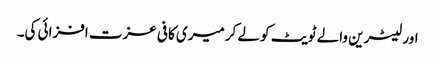
اور لیٹرین والے ٹویٹ کو لے کرمیری کافی عزت افزائی کی۔